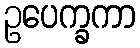
ဥပေက္ခကာ